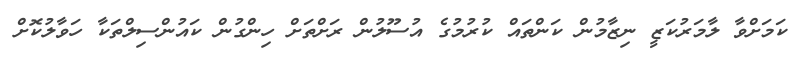
ކަމަށްވާ ލާމަރުކަޒީ ނިޒާމުން ކަންތައް ކުރުމުގެ އުސޫލުން ރަށްތަށް ހިންގުން ކައުންސިލްތަކާ ހަވާލުކޮށް